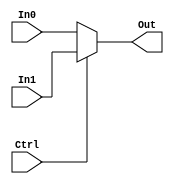
`timescale 1ns / 1ps
//////////////////////////////////////////////////////////////////////////////////
// Engineers: Sebastian Thiem, Brian Winkler
// % effort: Sebastian Thiem(50%), Brian Winkler(50%)
// 
// Module Name:    Mux5Bit2To1 
// Project Name:   MIPS 32-bit Processor
//
// Description:    A 5-bit 2 to 1 multiplexer 
//
//////////////////////////////////////////////////////////////////////////////////
module Mux5Bit2To1(In0, In1, Ctrl,
                            Out);
    (*keep = "true"*)
    
    input [4:0] In0;
    input [4:0] In1;
    input Ctrl;
    output [4:0] Out;
    
    assign Out = (Ctrl)? In1 : In0;
    
endmodule